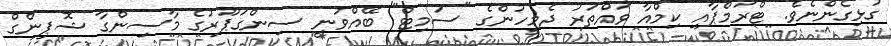
ގުޅިގެންނެވެ. ޓްރަމްޕާއި ކިމްއާ ވައްތަރު ދެމީހުންގެ "ސަމިޓް" ބޭއްވުނީ ސިންގަޕޫރުގެ މާސިންގާ ޝޮޕިންގް